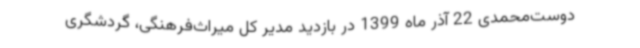
دوست‌محمدی 22 آذر ماه 1399 در بازدید مدیر کل میراث‌فرهنگی، گردشگری